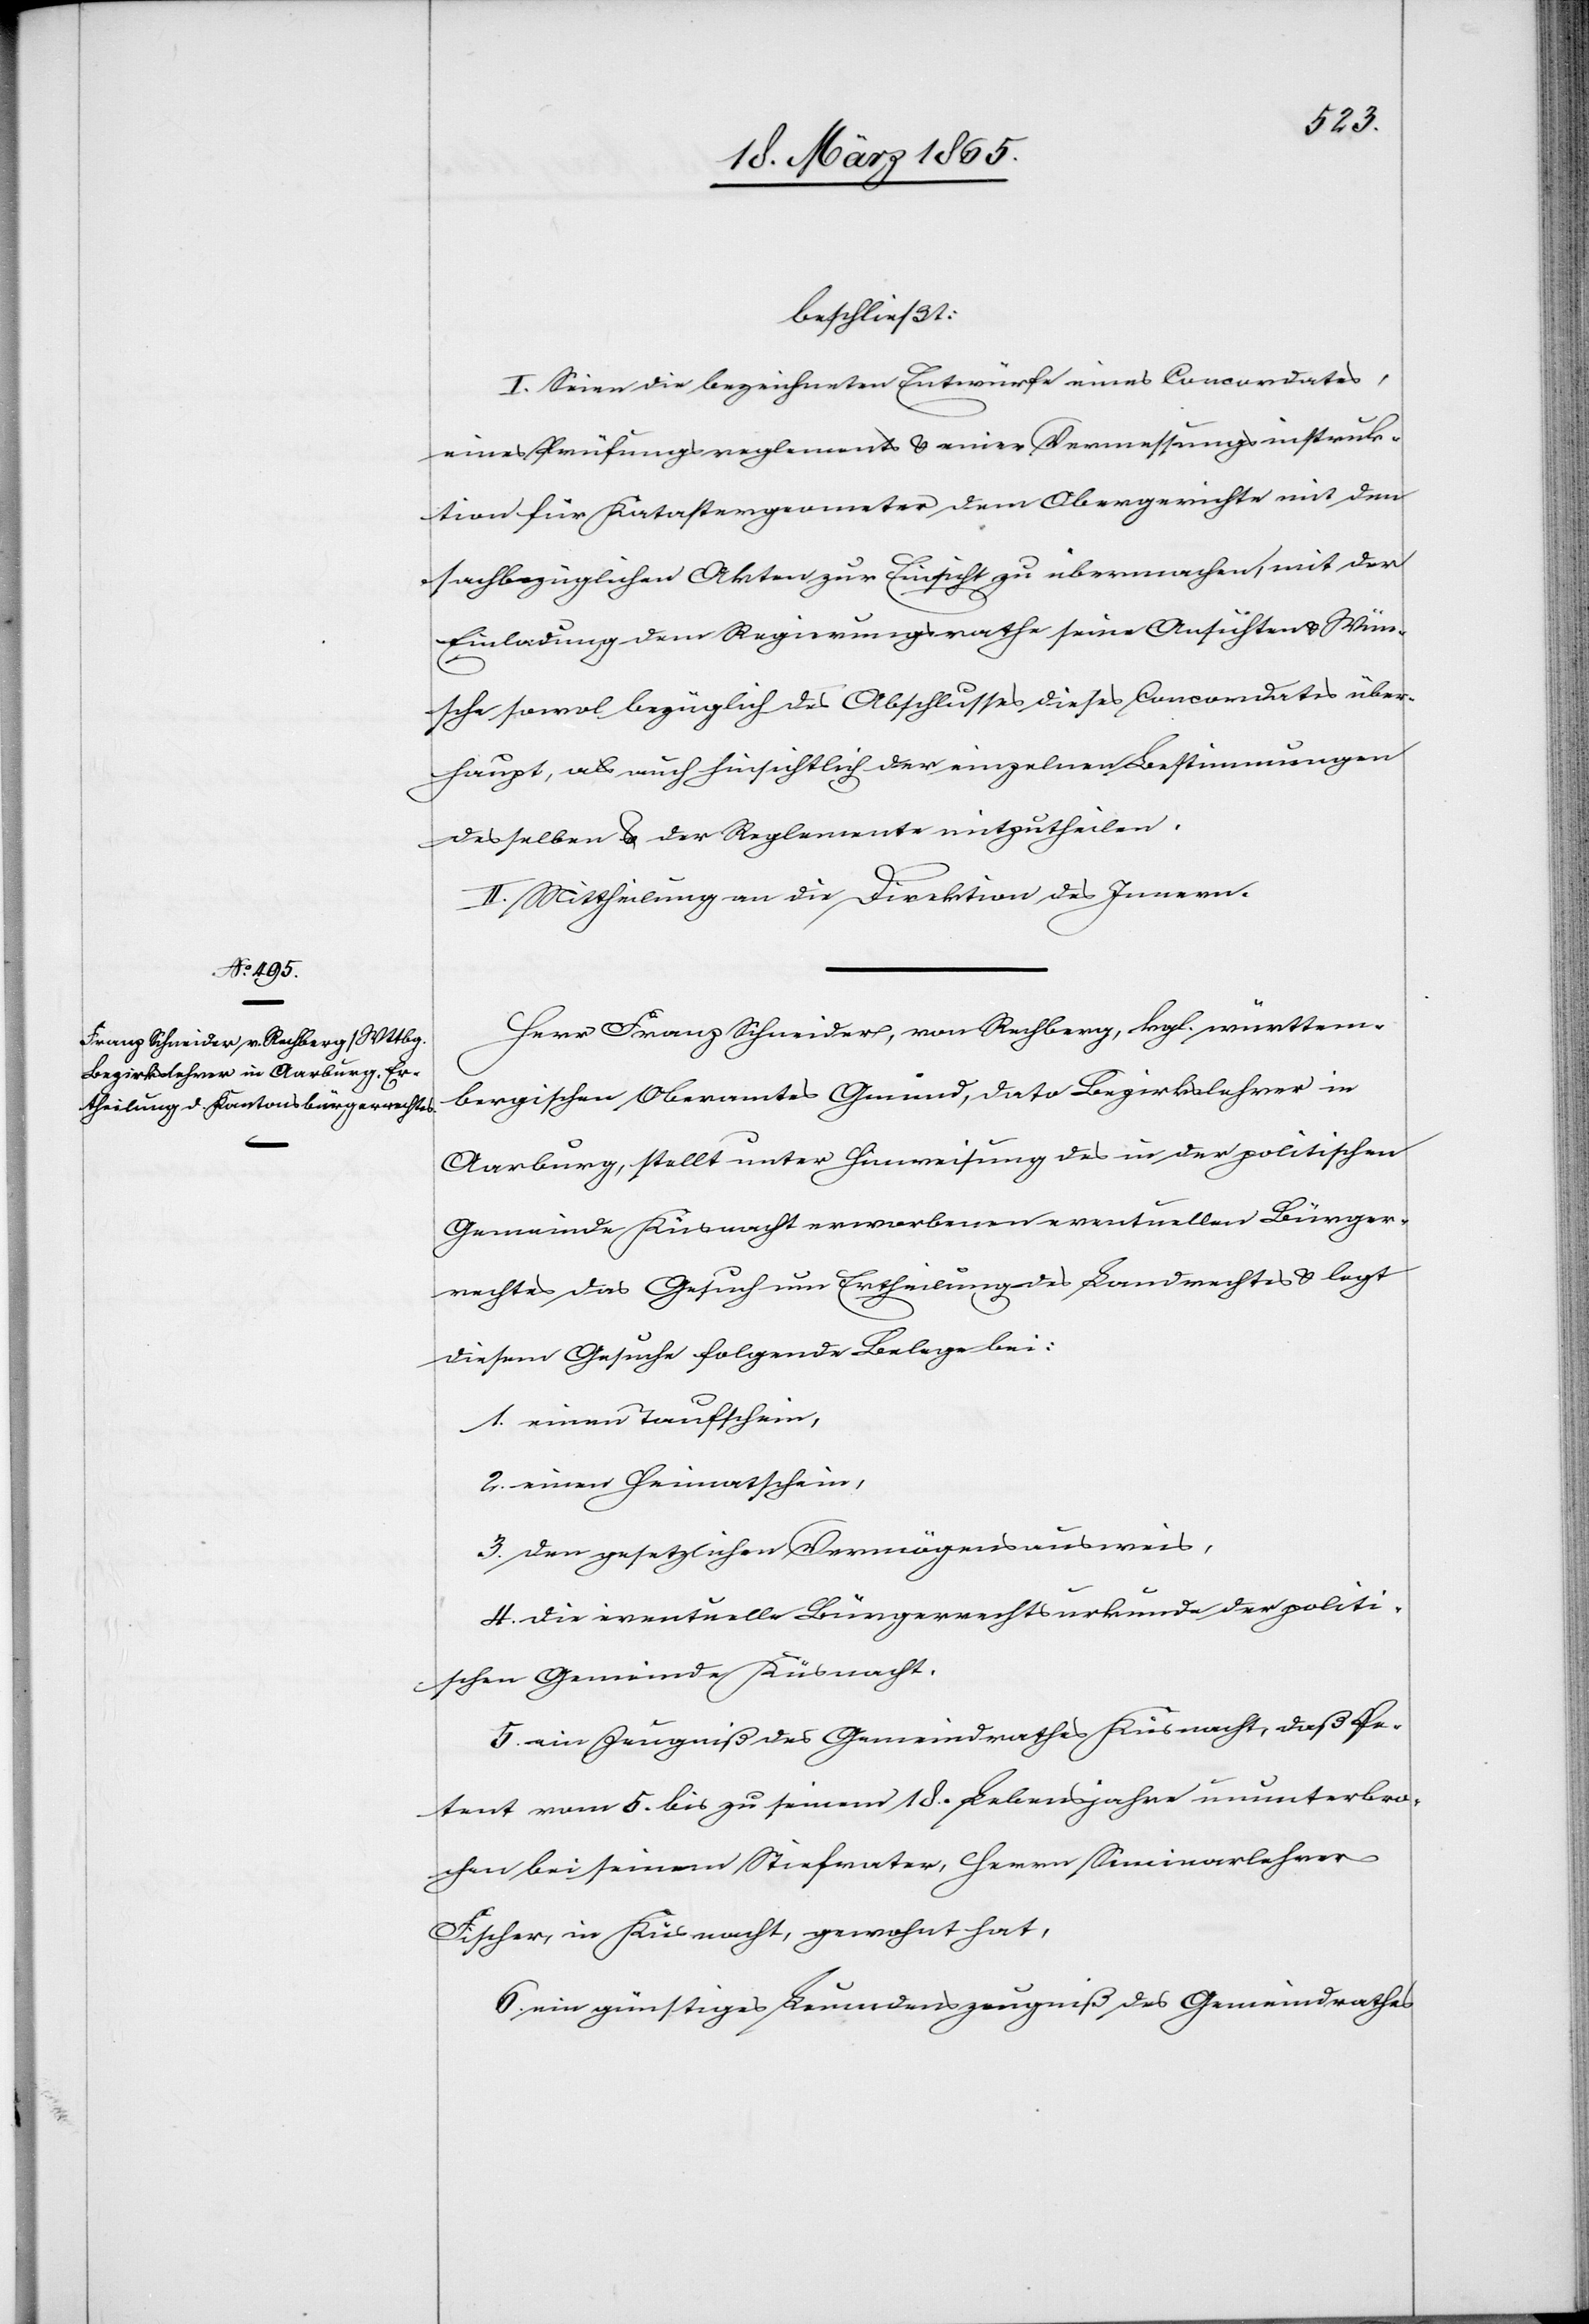
beschließt:
I. Seien die bezeichneten Entwürfe eines Concordates,
eines Prüfungsreglements & einer Vermessungsinstruk¬
tion für Katastergeometer dem Obergerichte mit den
sachbezüglichen Akten zur Einsicht zu übermachen, mit der
Einladung dem Regierungsrathe seine Ansichten & Wün¬
sche sowol bezüglich des Abschlusses dieses Concordates über¬
haupt, als auch hinsichtlich der einzelnen Bestimmungen
desselben & der Reglemente mitzutheilen.
II. Mittheilung an die Direktion des Innern.
Herr Franz Schneider, von Rechberg, kgl. württem¬
bergischen Oberamtes Gmünd, dato Bezirkslehrer in
Aarburg, stellt unter Hinweisung des in der politischen
Gemeinde Küsnacht erworbenen eventuellen Bürger¬
rechtes das Gesuch um Ertheilung des Landrechtes & legt
diesem Gesuche folgende Belege bei:
1. einen Taufschein,
2. einen Heimatschein,
3. den gesetzlichen Vermögensausweis,
4. die eventuelle Bürgerrechtsurkunde der politi¬
schen Gemeinde Küsnacht.
5. ein Zeugniß des Gemeindrathes Küsnacht, daß Pe¬
tent vom 5. bis zu seinem 18. Lebensjahres ununterbro¬
chen bei seinem Stiefvater, Herrn Seminarlehrer
Fischer, in Küsnacht, gewohnt hat,
6. ein günstiges Leumdenszeugniß des Gemeindrathes